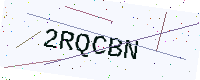
Text: 2RQCBN